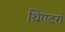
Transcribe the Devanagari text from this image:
थिएटरो